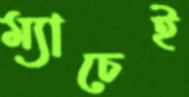
ম্যাচেই